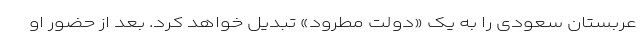
عربستان سعودی را به یک «دولت مطرود» تبدیل خواهد کرد. بعد از حضور او